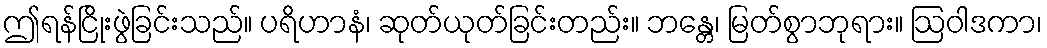
ဤရန်ငြိုးဖွဲခြင်းသည်။ ပရိဟာနံ၊ ဆုတ်ယုတ်ခြင်းတည်း။ ဘန္တေ၊ မြတ်စွာဘုရား။ ဩဝါဒကာ၊